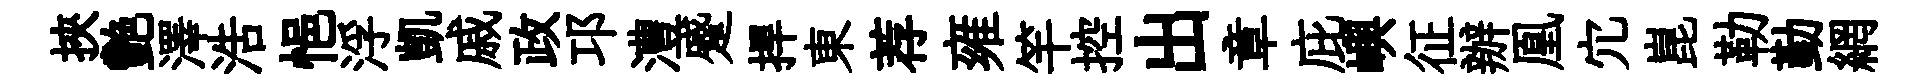
挾艷澤浩悒浮凱戚政邛澧蹙捍東荐雍竿控出章庇嶼征辦凰宂崑勒勤網